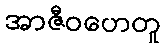
အာဇီဝဟေတူ